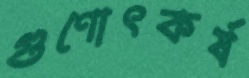
গুণোৎকর্ষ